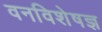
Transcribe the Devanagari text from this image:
वनविशेषज्ञ